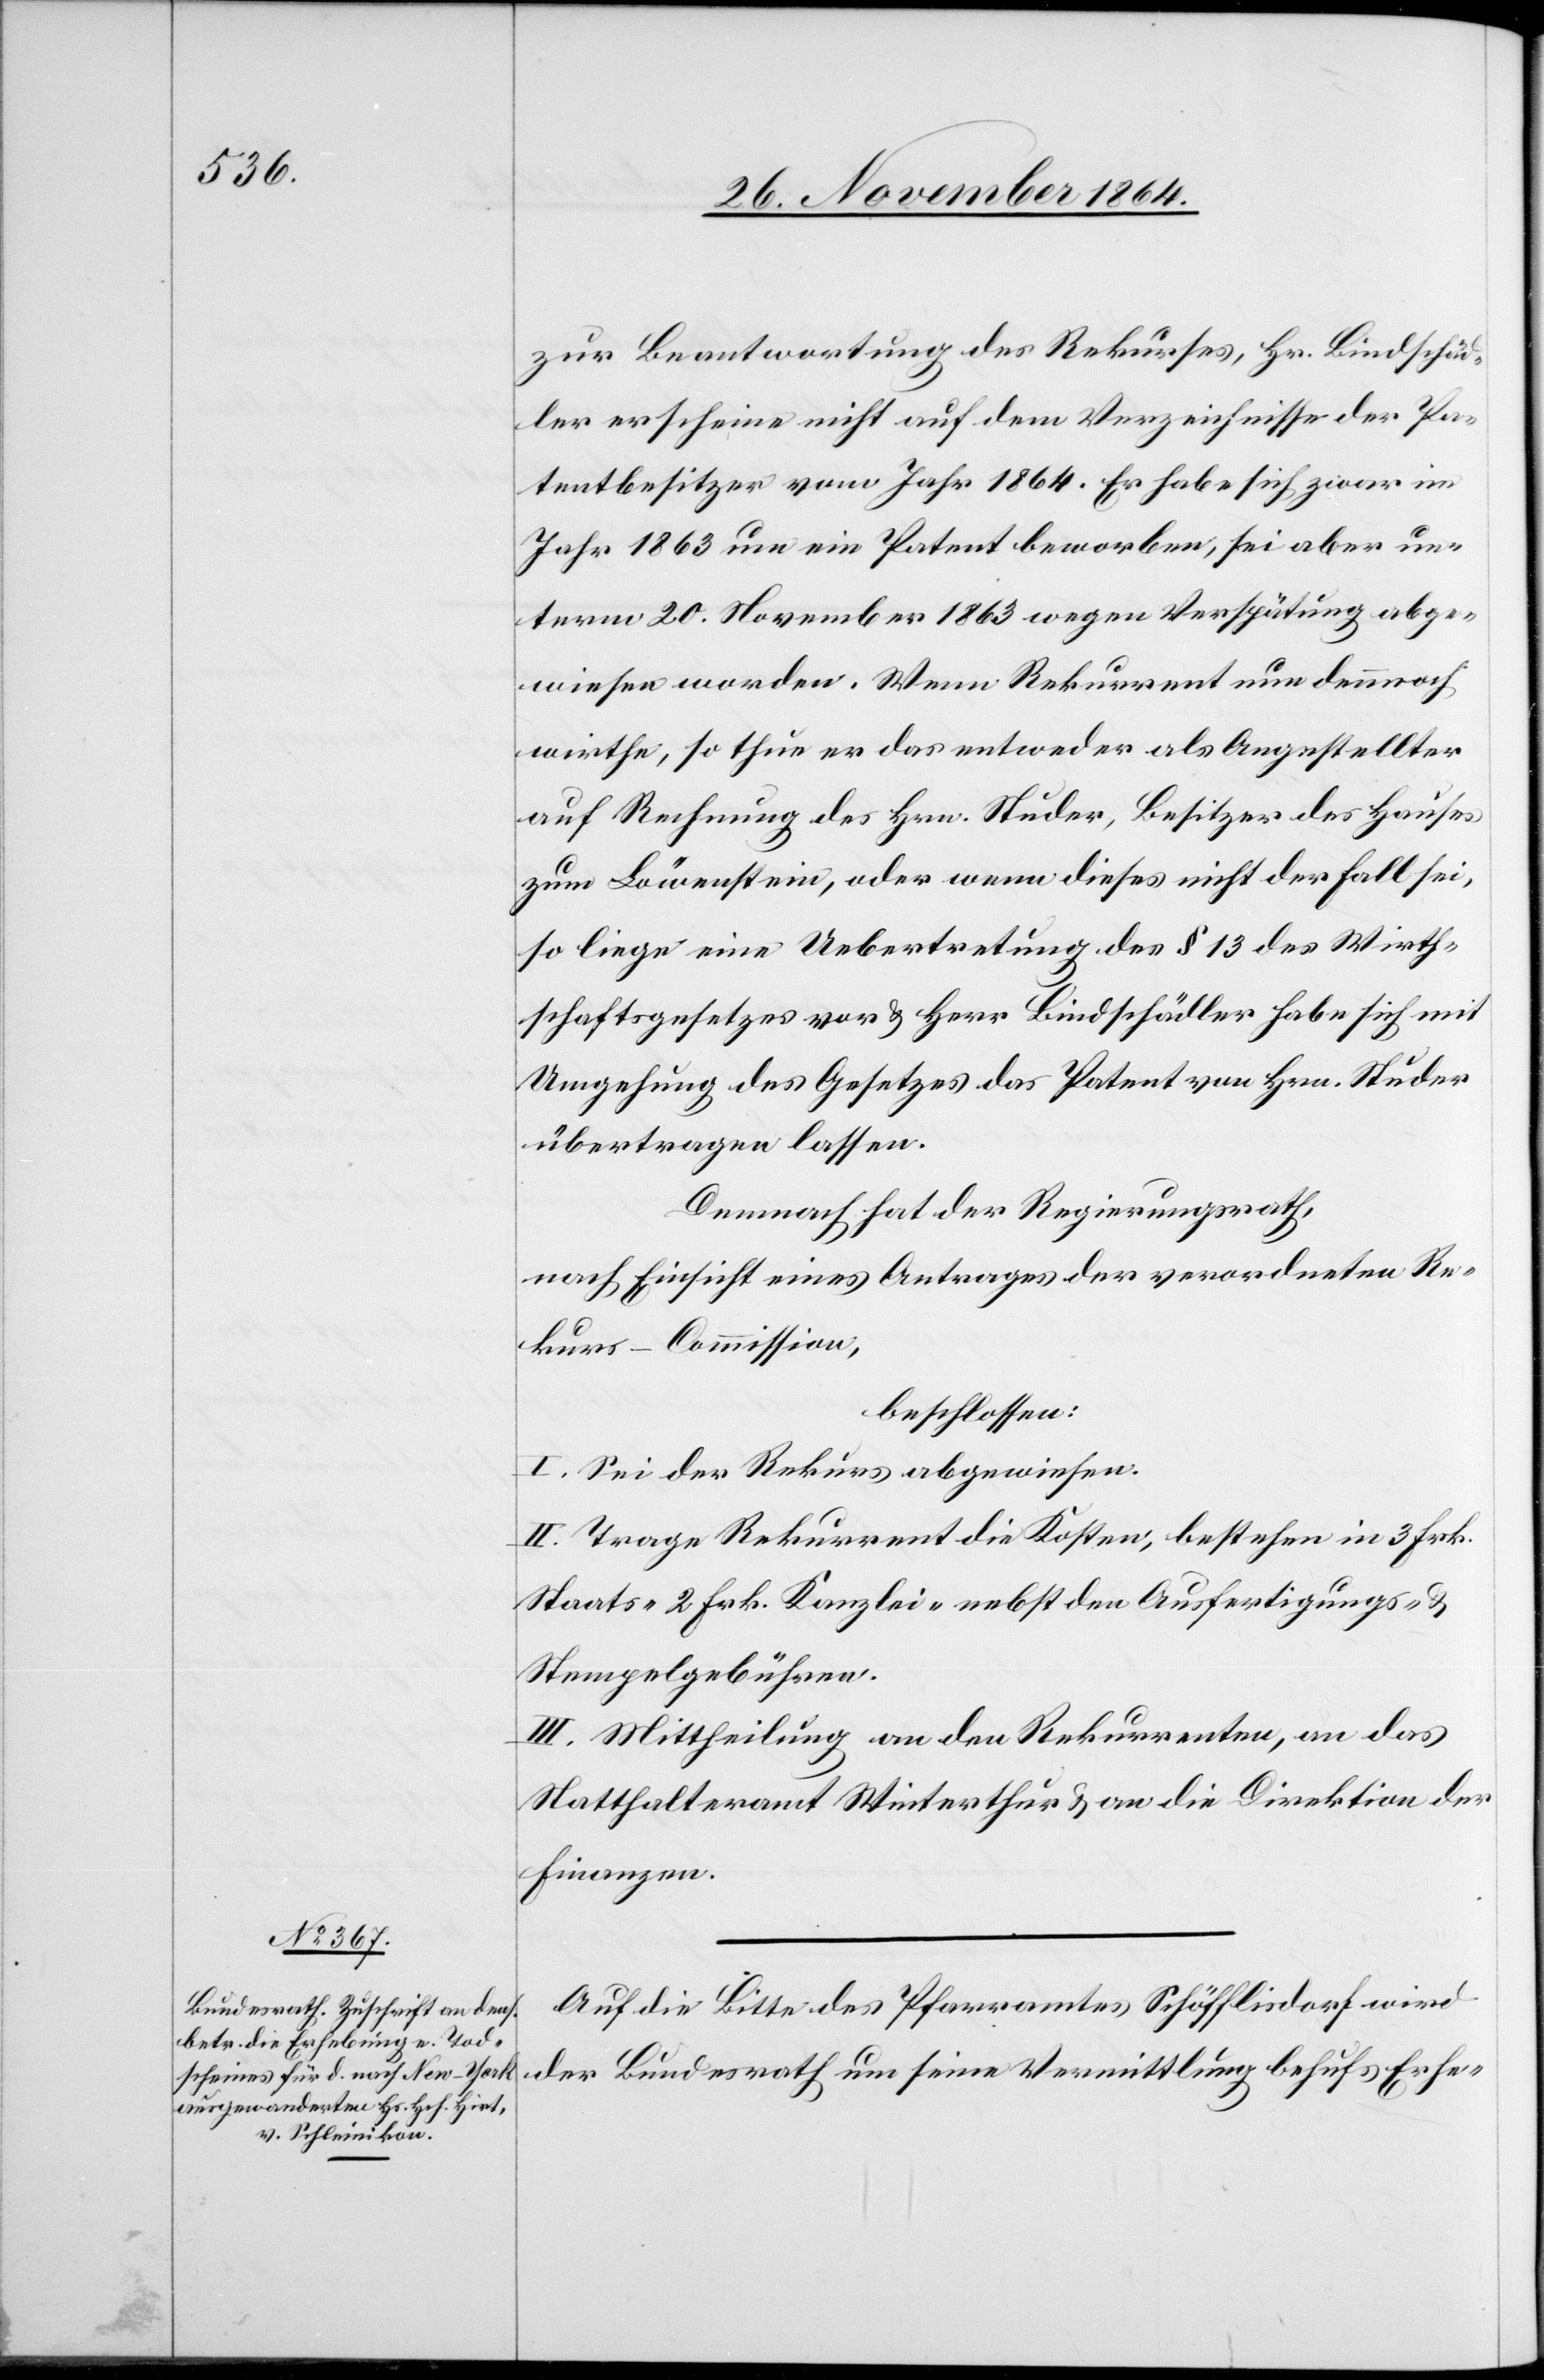
zur Beantwortung des Rekurses, Hr. Bindschäd¬
ler erscheine nicht auf dem Verzeichnisse der Pa¬
tentbesitzer vom Jahr 1864. Er habe sich zwar im
Jahr 1863 um ein Patent beworben, sei aber un¬
term 20. November 1863 wegen Verspätung abge¬
wiesen worden. Wenn Rekurrent nun dennoch
wirthe, so thue er das entweder als Angestellter
auf Rechnung des Hrn. Studer, Besitzer des Hauses
zum Löwenstein, oder wenn dieses nicht der Fall sei,
so liege eine Uebertretung des § 13 des Wirth¬
schaftsgesetzes vor & Herr Bindschädler hätte sich mit
Umgehung des Gesetzes das Patent von Hrn. Studer
übertragen lassen.
Demnach hat der Regierungsrath,
nach Einsicht eines Antrages der verordneten Re¬
kurs-Commission,
beschlossen:
I. Sei der Rekurs abgewiesen.
II. Trage Rekurrent die Kosten, bestehen[d] in 3 Frk.
Staats- 2 Frk. Kanzlei- nebst den Ausfertigungs- &
Stempelgebühren.
III. Mittheilung an den Rekurrenten, an das
Statthalteramt Winterthur & an die Direktion der
Finanzen.
Auf Seite des Pfarramtes Schöfflisdorf wird
der Bundesrath um seine Vermittlung behufs Erhe-